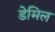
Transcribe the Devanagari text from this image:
डेमिल